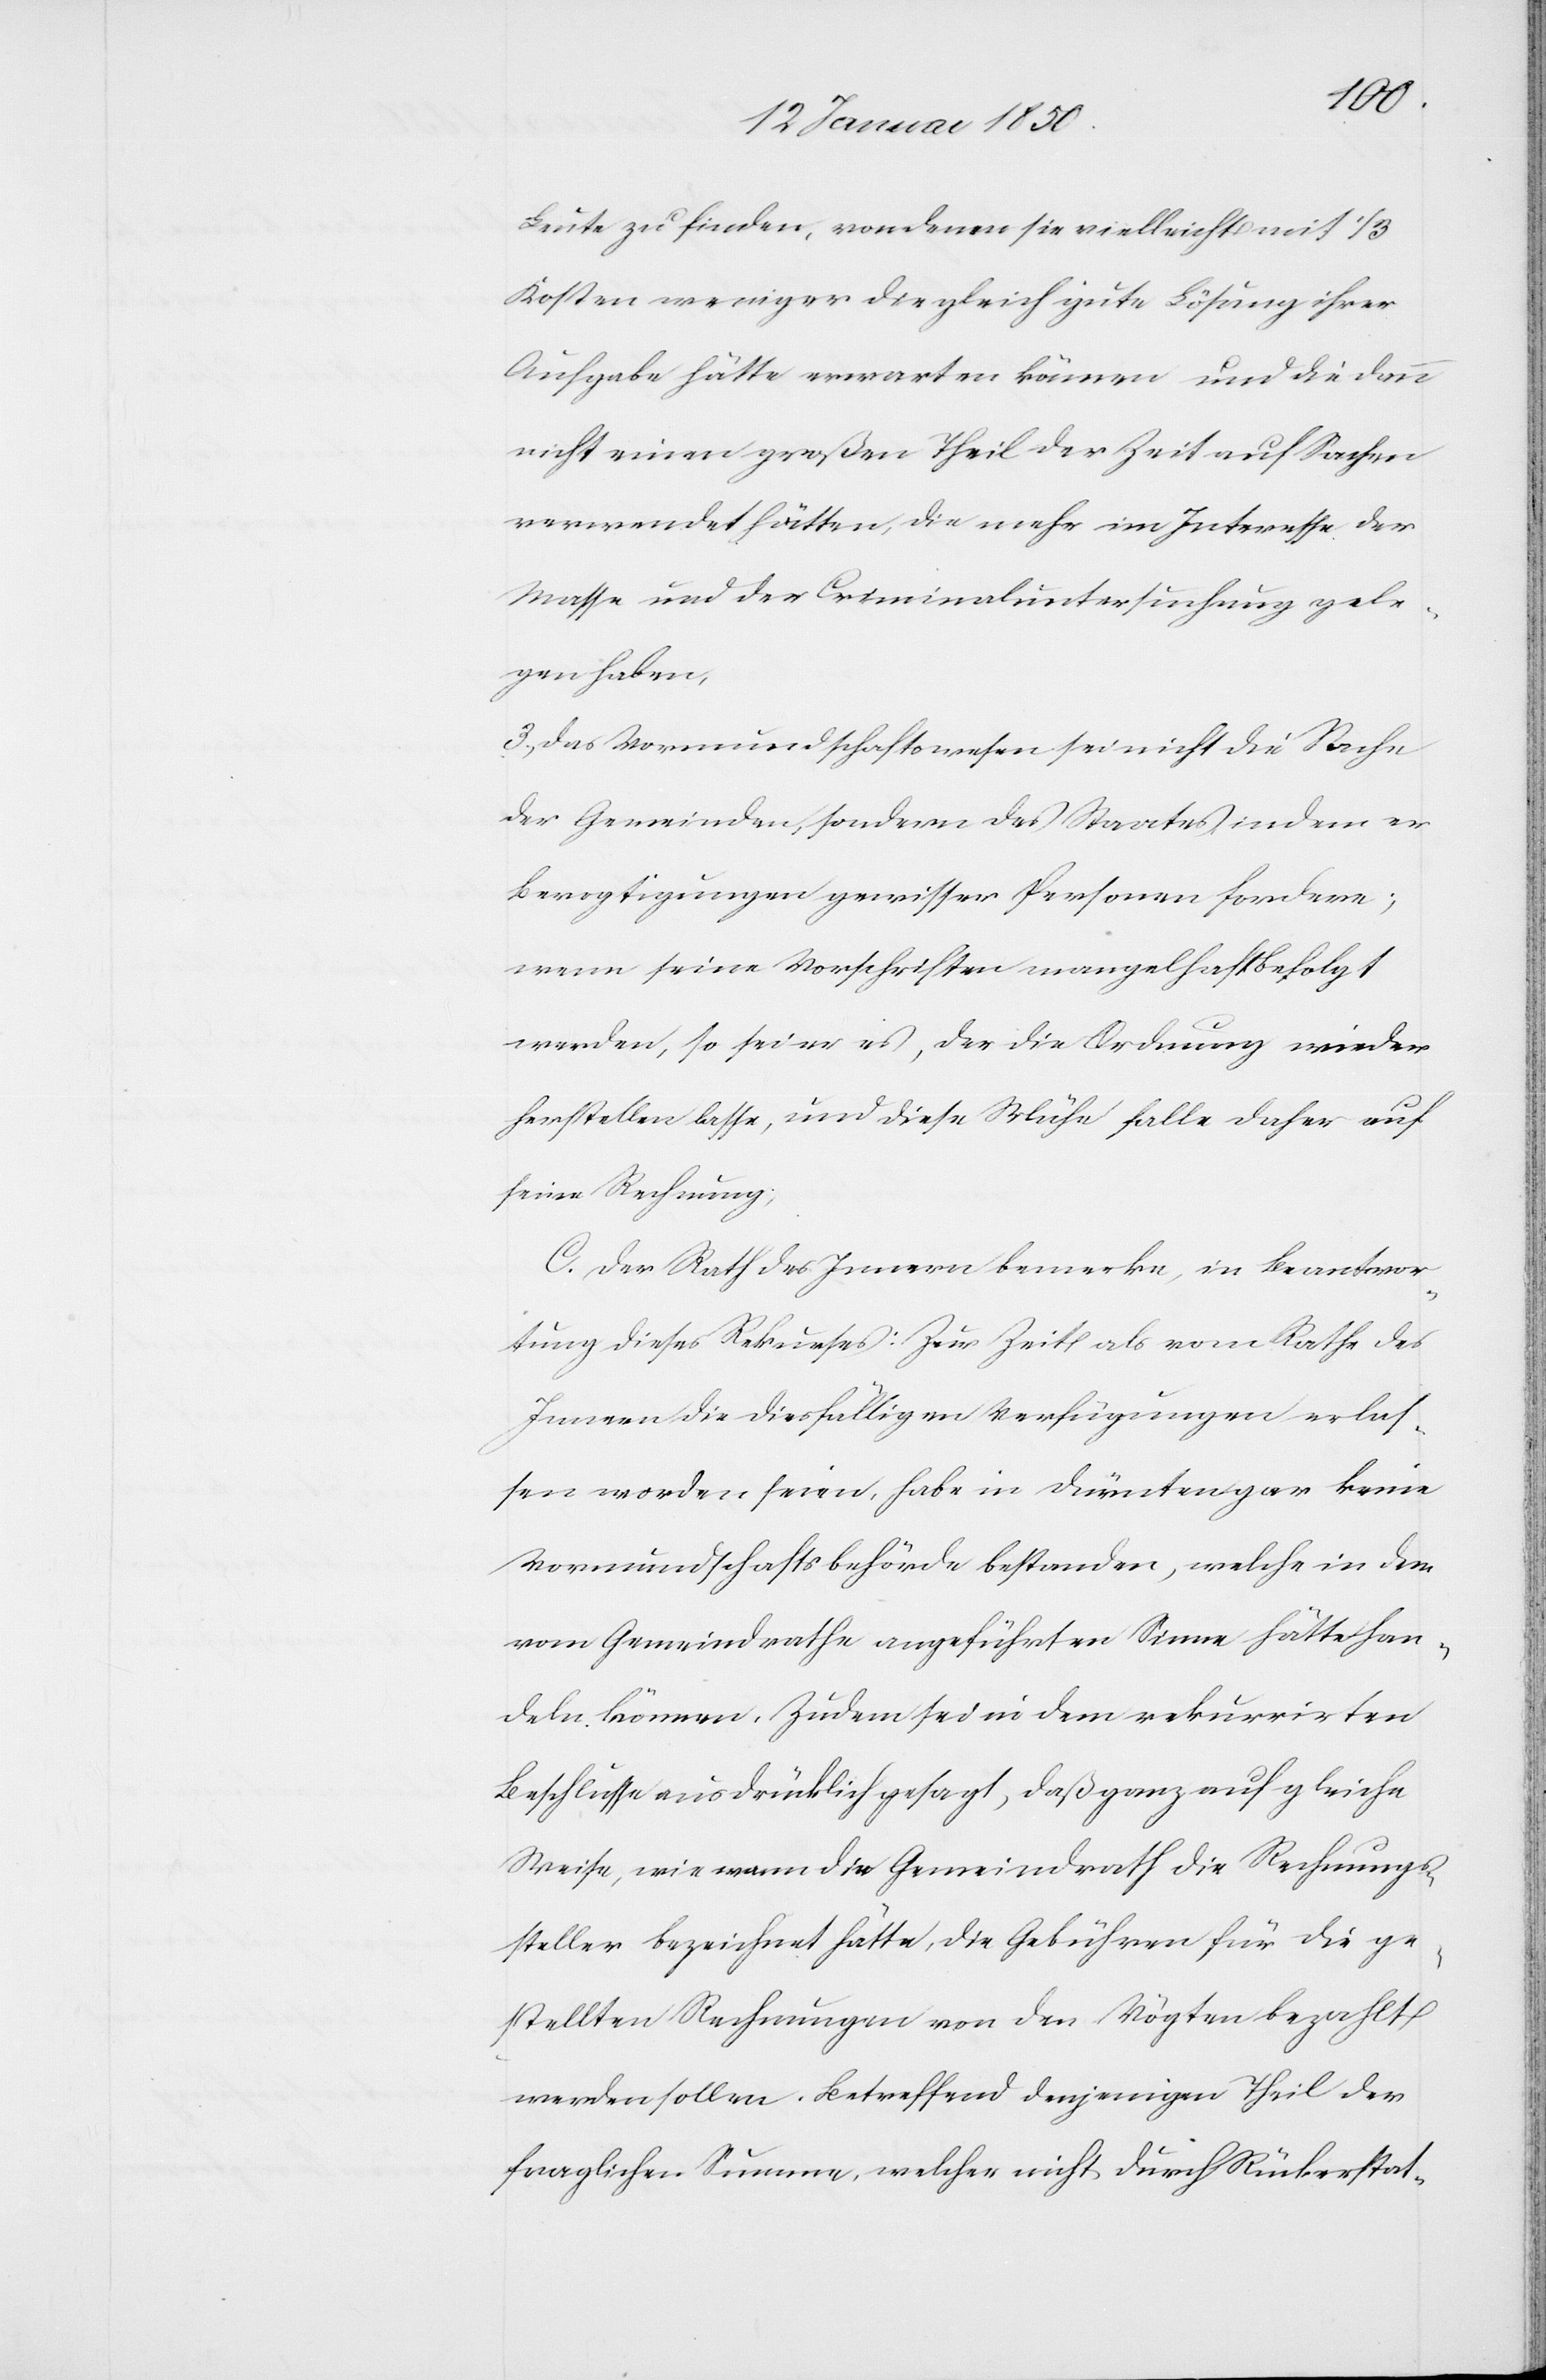
Leute zu finden, von denen sie vielleicht mit 1/3
Kosten weniger die gleich gute Lösung ihrer
Aufgabe hätte erwarten können und die dann
nicht einen großen Theil der Zeit auf Sachen
verwendet hätten, die mehr im Interesse der
Masse und der Criminaluntersuchung gele¬
gen haben.
3. Das Vormundschaftswesen sei nicht die Sache
der Gemeinden, sondern des Staates indem er
Bevogtigungen gewisser Personen fordere;
wenn seine Vorschriften mangelhaft befolgt
werden, so sei er es, der die Ordnung wieder
erstellen lasse, und diese Mühe falle daher auf
seine Rechnung;
C. Der Rath des Innern bemerke, in Beantwor¬
tung dieses Rekurses: Zur Zeit als vom Rathe des
Innern die diesfälligen Verfügungen erlas¬
sen worden seien, habe in Dürnten gar keine
Vormundschaftsbehörde bestanden, welche in dem
vom Gemeindrathe angeführten Sinne hätte han¬
deln können. Zudem sei in dem rekurrirten
Beschlusse ausdrücklich gesagt, daß ganz auf gleiche
Weise, wie wann dir Gemeindrath die Rechnungs¬
steller bezeichnet hätte, die Gebühren für die ge¬
stellten Rechnungen von den Vögten bezahlt
werden sollen. Betreffend denjenigen Theil der
fraglichen Summe, welcher nicht durch Rückerstat-